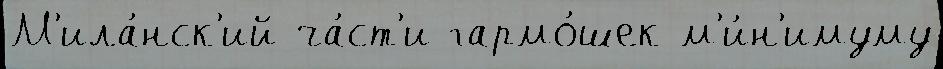
М'ила́нск'ий ча́ст'и гармо́шек м'и́н'имуму